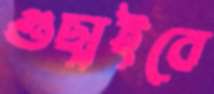
গুছাইবে